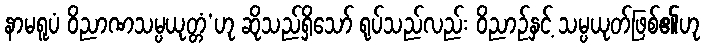
နာမရူပံ ဝိညာဏသမ္ပယုတ္တံ’ဟု ဆိုသည်ရှိသော် ရုပ်သည်လည်း ဝိညာဉ်နှင့် သမ္ပယုတ်ဖြစ်၏ဟု